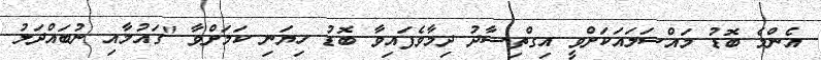
އެންމެ ބޮޑު މައްސަލައަކަށްވީ އިގްތިސާދު ދިމާވެފައިވާ ބޮޑު ހިޔަނި ކަމަށްވާ "ގައުމާއި ނުބައްދަލު